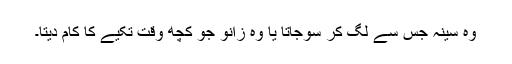
وہ سینہ جس سے لگ کر سوجاتا یا وہ زانو جو کچھ وقت تکیے کا کام دیتا۔